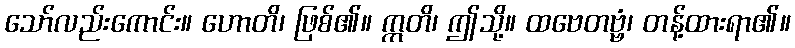
သော်လည်းကောင်း။ ဟောတိ၊ ဖြစ်၏။ ဣတိ၊ ဤသို့။ ထဗေတဗ္ဗံ၊ တန့်ထားရာ၏။